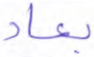
بعاد